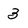
Character: 3